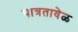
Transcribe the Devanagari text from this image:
पात्रतावेळ